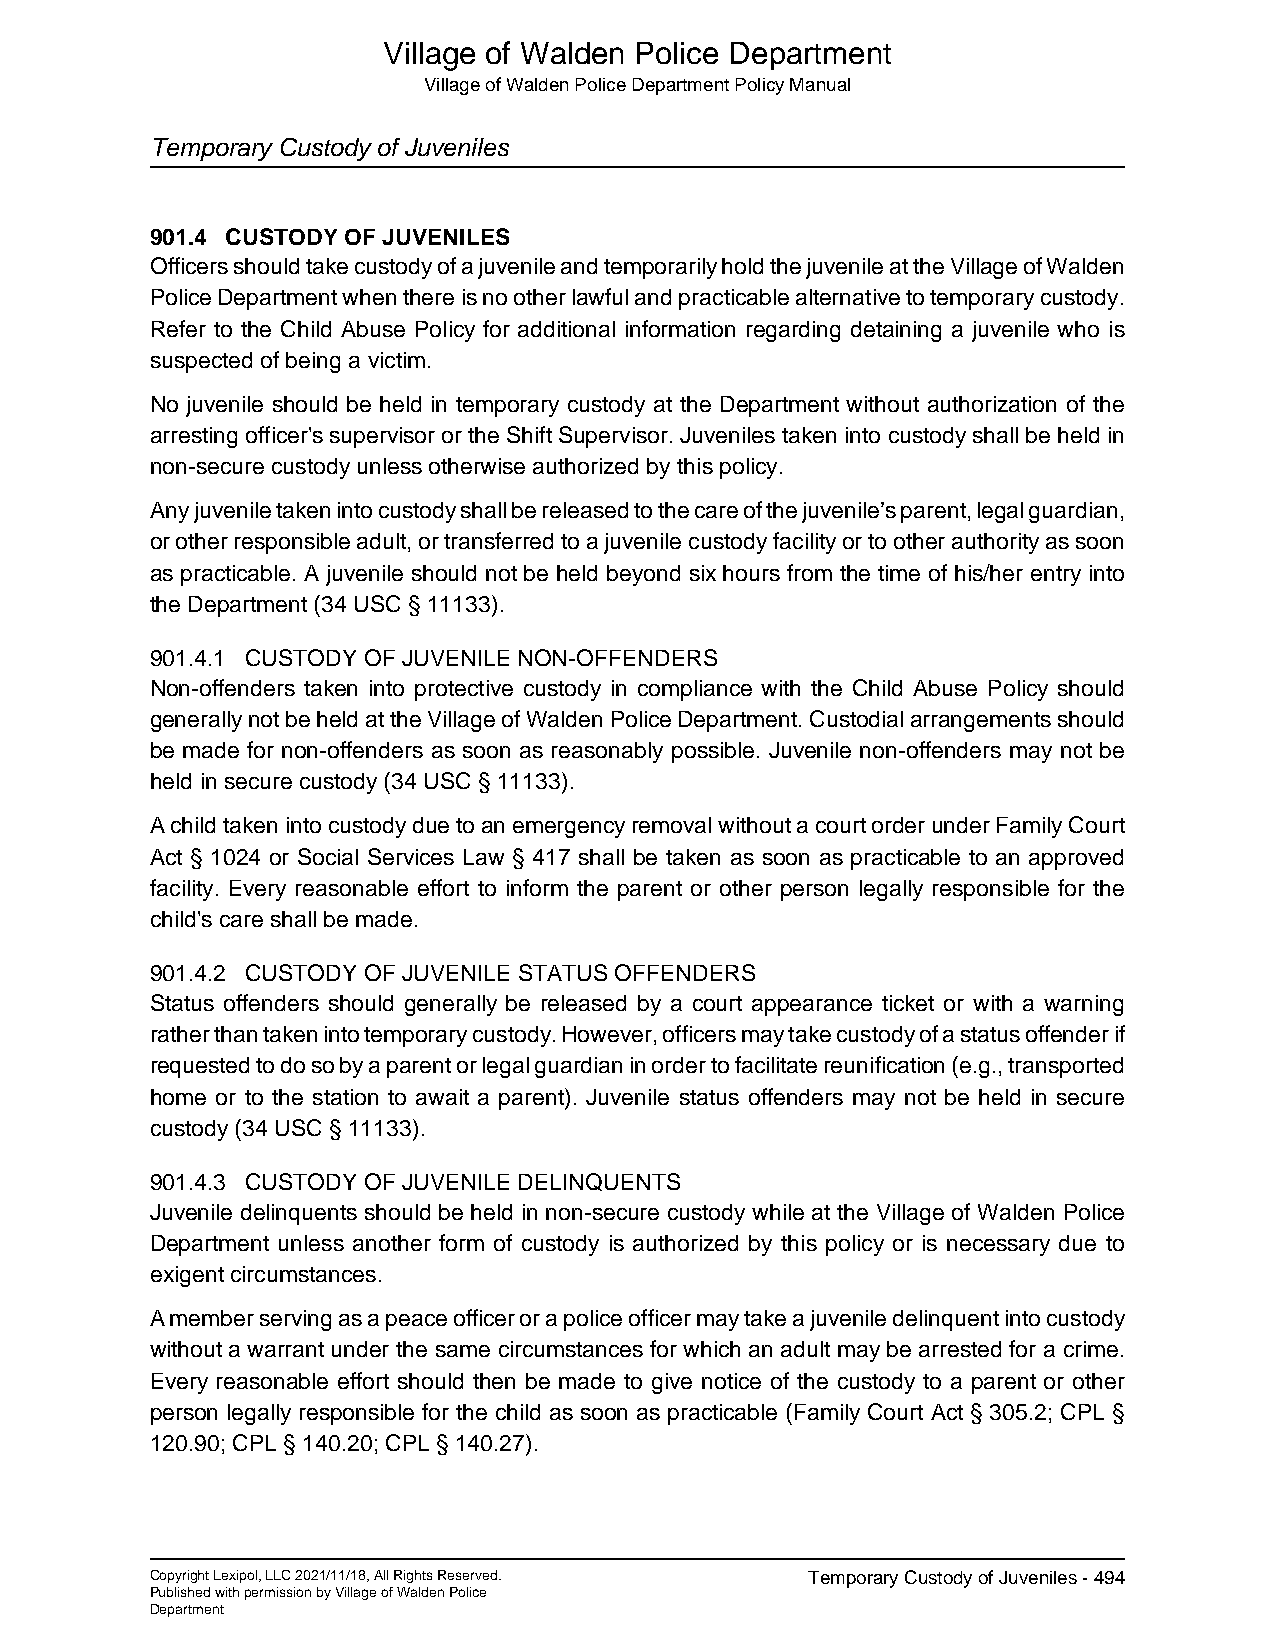
Village of Walden Police Department
 Village of Walden Police Department Policy Manual
 Temporary Custody of Juveniles
 901.4 CUSTODY OF JUVENILES
 Officers should take custody of a juvenile and temporarily hold the juvenile at the Village of Walden
 Police Department when there is no other lawful and practicable alternative to temporary custody.
 Refer to the Child Abuse Policy for additional information regarding detaining a juvenile who is
 suspected of being a victim.
 No juvenile should be held in temporary custody at the Department without authorization of the
 arresting officer's supervisor or the Shift Supervisor. Juveniles taken into custody shall be held in
 non-secure custody unless otherwise authorized by this policy.
 Any juvenile taken into custody shall be released to the care of the juvenile’s parent, legal guardian,
 or other responsible adult, or transferred to a juvenile custody facility or to other authority as soon
 as practicable. A juvenile should not be held beyond six hours from the time of his/her entry into
 the Department (34 USC § 11133).
 901.4.1 CUSTODY OF JUVENILE NON-OFFENDERS
 Non-offenders taken into protective custody in compliance with the Child Abuse Policy should
 generally not be held at the Village of Walden Police Department. Custodial arrangements should
 be made for non-offenders as soon as reasonably possible. Juvenile non-offenders may not be
 held in secure custody (34 USC § 11133).
 A child taken into custody due to an emergency removal without a court order under Family Court
 Act § 1024 or Social Services Law § 417 shall be taken as soon as practicable to an approved
 facility. Every reasonable effort to inform the parent or other person legally responsible for the
 child's care shall be made.
 901.4.2 CUSTODY OF JUVENILE STATUS OFFENDERS
 Status offenders should generally be released by a court appearance ticket or with a warning
 rather than taken into temporary custody. However, officers may take custody of a status offender if
 requested to do so by a parent or legal guardian in order to facilitate reunification (e.g., transported
 home or to the station to await a parent). Juvenile status offenders may not be held in secure
 custody (34 USC § 11133).
 901.4.3 CUSTODY OF JUVENILE DELINQUENTS
 Juvenile delinquents should be held in non-secure custody while at the Village of Walden Police
 Department unless another form of custody is authorized by this policy or is necessary due to
 exigent circumstances.
 A member serving as a peace officer or a police officer may take a juvenile delinquent into custody
 without a warrant under the same circumstances for which an adult may be arrested for a crime.
 Every reasonable effort should then be made to give notice of the custody to a parent or other
 person legally responsible for the child as soon as practicable (Family Court Act § 305.2; CPL §
 120.90; CPL § 140.20; CPL § 140.27).
 Copyright Lexipol, LLC 2021/11/18, All Rights Reserved. Temporary Custody of Juveniles - 494
 Published with permission by Village of Walden Police
 Department